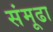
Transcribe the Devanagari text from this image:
संमूढा